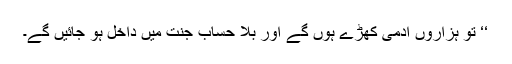
‘‘ تو ہزاروں آدَمی کھڑے ہوں گے اور بِلا حساب جنَّت میں داخِل ہو جائیں گے۔